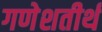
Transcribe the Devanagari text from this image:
गणेशतीर्थ